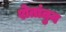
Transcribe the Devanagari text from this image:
शेतांतुन